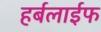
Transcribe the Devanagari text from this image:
हर्बलाईफ